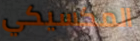
المكسيكي